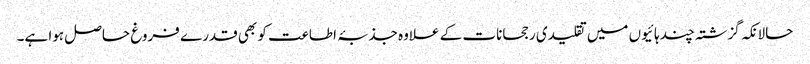
حالانکہ گزشتہ چند ہائیوں میں تقلیدی رجحانات کے علاوہ جذبۂ اطاعت کو بھی قدرے فروغ حاصل ہوا ہے۔